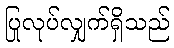
ပြုလုပ်လျှက်ရှိသည်